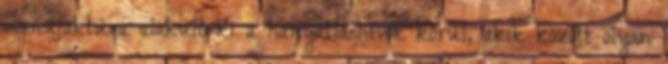
manufaktúra alakult ki a hanyatláshívők körül, akik között olyan